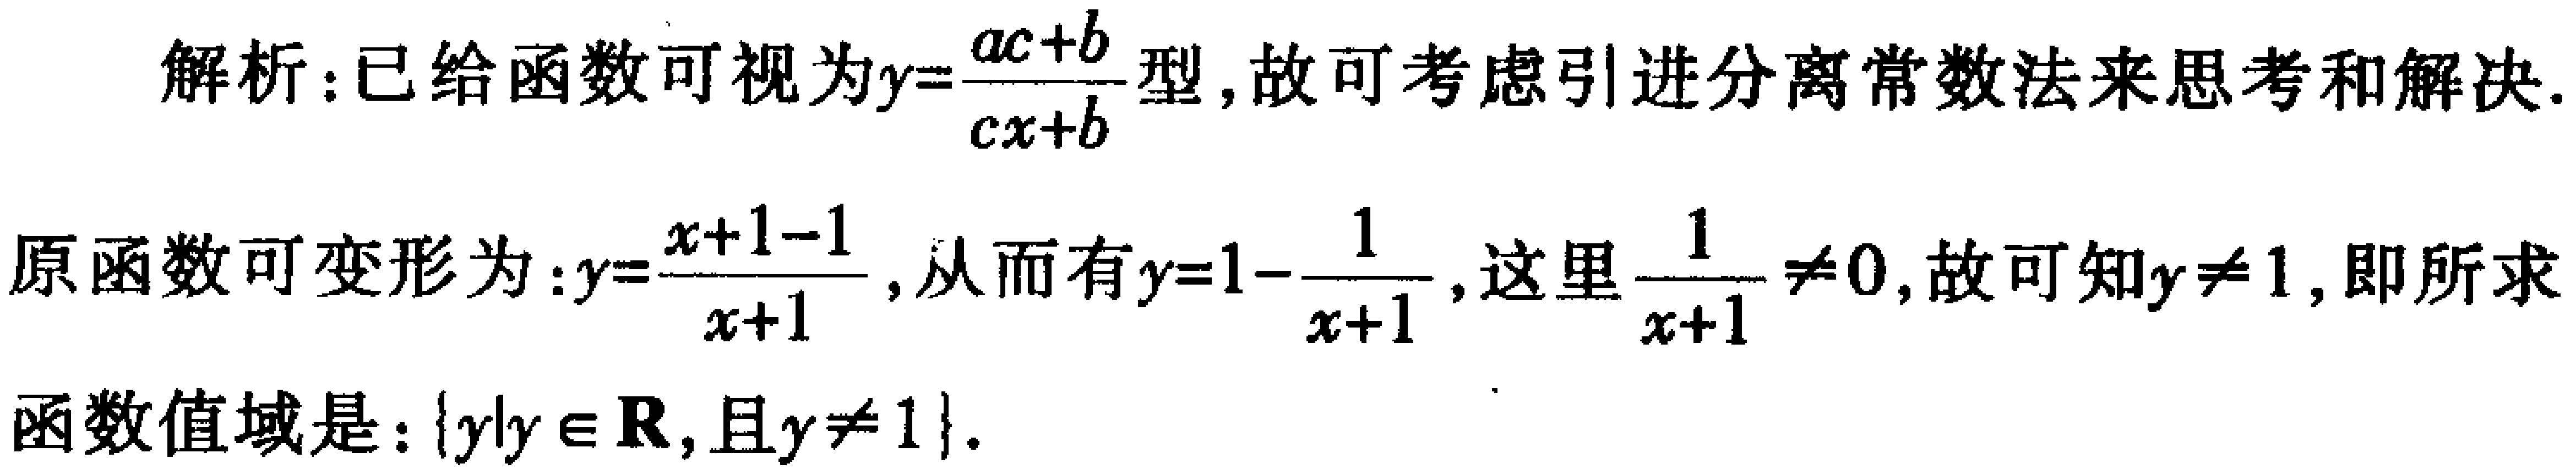
解析：已给函数可视为\(y = \frac{ax + b}{cx + d}\)型，故可考虑引进分离常数法来思考和解决.
原函数可变形为：\(y=\frac{x + 1-1}{x + 1}\)，从而有\(y = 1-\frac{1}{x + 1}\)，这里\(\frac{1}{x + 1}\neq0\)，故可知\(y\neq1\)，即所求
函数值域是：\(\{y|y\in\mathbb{R},且y\neq1\}\).